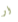
أو